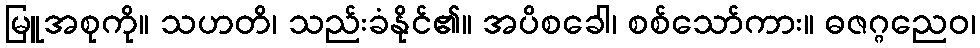
မြူအစုကို။ သဟတိ၊ သည်းခံနိုင်၏။ အပိစခေါ၊ စစ်သော်ကား။ ဓဇဂ္ဂညေဝ၊